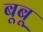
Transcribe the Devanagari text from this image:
बूबू